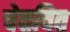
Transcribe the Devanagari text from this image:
चेतवित